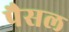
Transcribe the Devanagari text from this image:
पैसल